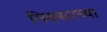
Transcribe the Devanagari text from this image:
मिक्सरच्या